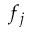
f _ { j }